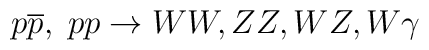
p \overline{p},\; pp \rightarrow WW,ZZ,WZ,W\gamma